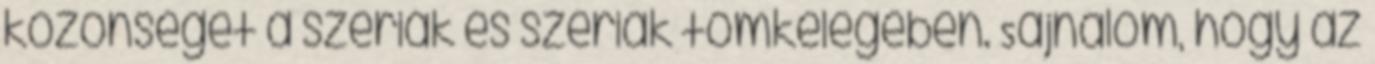
közönséget a szériák és szériák tömkelegében. Sajnálom, hogy az